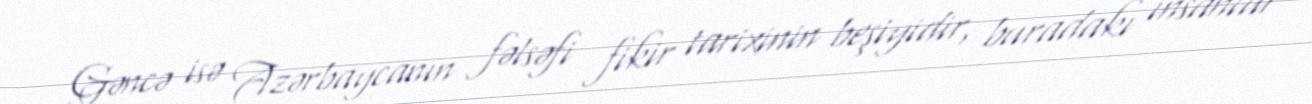
Gəncə isə Azərbaycanın fəlsəfi fikir tarixinin beşiyidir, buradakı insanlar